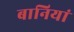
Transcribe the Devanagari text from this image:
बानियां